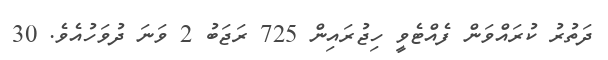
ދަތުރު ކުރައްވަން ފެއްޓެވީ ހިޖުރައިން 725 ރަޖަބު 2 ވަނަ ދުވަހުއެވެ. 30